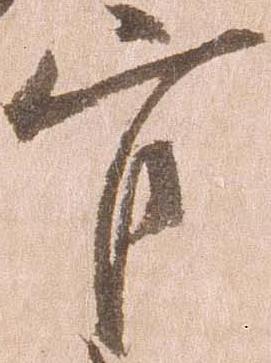
官